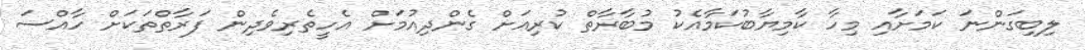
ލިބިގަންނަ ކަމަށާއި މިހާ ކާމިޔާބުކަމާއެކު މުބާރާތް ކުރިއަށް ގެންދިއުމަށް އެހީތެރިވެދިން ފަރާތްތަކަށް ހާއްސަ